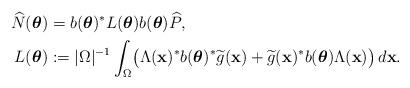
LaTeX: \begin{align*}\widehat{N} (\boldsymbol{\theta}) &= b(\boldsymbol{\theta})^* L(\boldsymbol{\theta}) b(\boldsymbol{\theta}) \widehat{P},\\L (\boldsymbol{\theta}) &:= | \Omega |^{-1} \int_{\Omega} \bigl( \Lambda (\mathbf{x})^* b(\boldsymbol{\theta})^* \widetilde{g}(\mathbf{x}) + \widetilde{g}(\mathbf{x})^* b(\boldsymbol{\theta}) \Lambda (\mathbf{x}) \bigr) \, d \mathbf{x}.\end{align*}